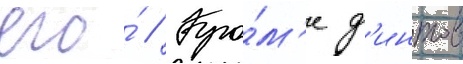
его́ // Кро́м'е ф'интов